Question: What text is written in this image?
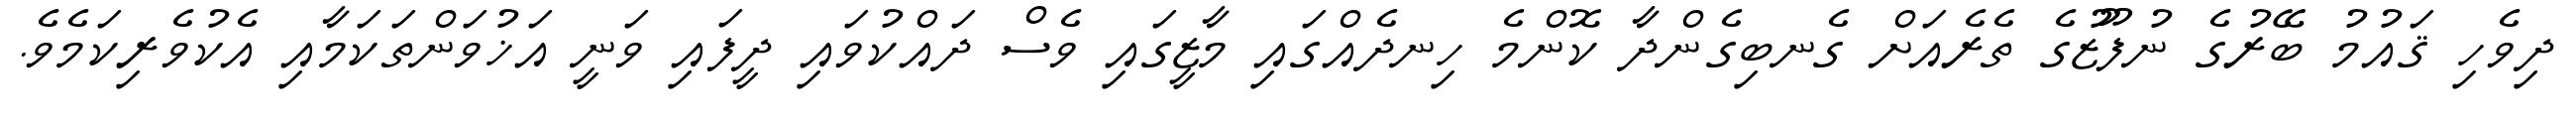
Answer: ދިވެހި ޤައުމު ބޭރުގެ ނުފޫޒުގެ ތެރެއަށް ގެނބިގެންދާ ކޮންމެ ހިނދެއްގައި މާޒީގައި ވެސް ދައްކުވައި ދީފައި ވަނީ އަޚުވަންތަކަމާއި އެކުވެރިކަމެވެ.